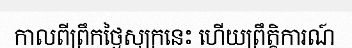
កាលពីព្រឹកថ្ងៃសុក្រនេះ ហើយព្រឹត្តិការណ៍